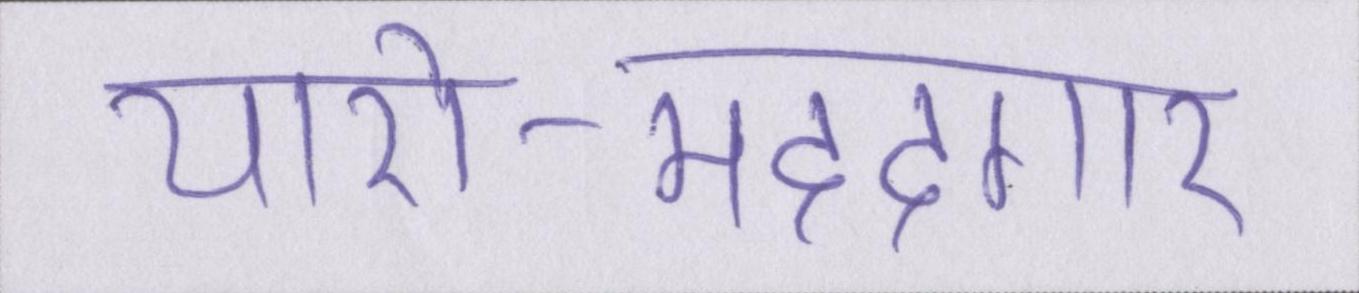
यारो-मददगार